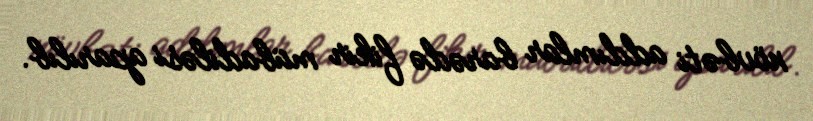
növbəti addımlar barədə fikir mübadiləsi aparılıb.